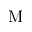
\mathrm { M }